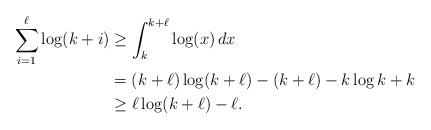
LaTeX: \begin{align*} \sum_{i=1}^\ell \log(k+i) &\ge \int_k^{k+\ell} \log(x) \, dx \\ &= (k+\ell) \log(k+\ell) - (k+\ell) - k \log k + k \\ &\ge \ell \log(k+\ell) - \ell. \end{align*}